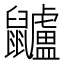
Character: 𪖌